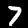
Digit: 7